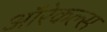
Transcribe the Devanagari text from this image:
ऑरेकल्स